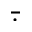
\overbar \cdot